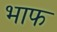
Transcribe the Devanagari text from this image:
भाफ